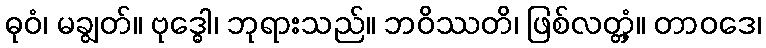
ဓုဝံ၊ မချွတ်။ ဗုဒ္ဓေါ၊ ဘုရားသည်။ ဘဝိဿတိ၊ ဖြစ်လတ္တံ့။ တာဝဒေ၊